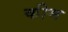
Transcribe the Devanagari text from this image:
कीम